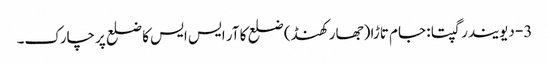
3- دیویندر گپتا : جام تاڑا (جھار کھنڈ) ضلع کا آر ایس ایس کا ضلع پرچارک۔